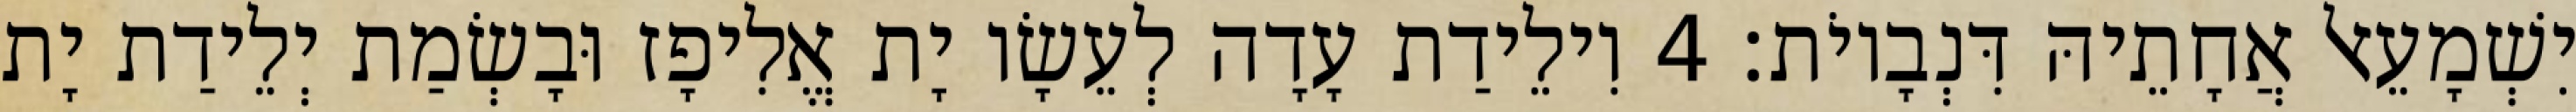
יִשְׁמָעֵאל אֲחָתֵיהּ דִּנְבָיוֹת׃ 4 וִילֵידַת עָדָה לְעֵשָׂו יָת אֱלִיפָז וּבָשְׂמַת יְלֵידַת יָת